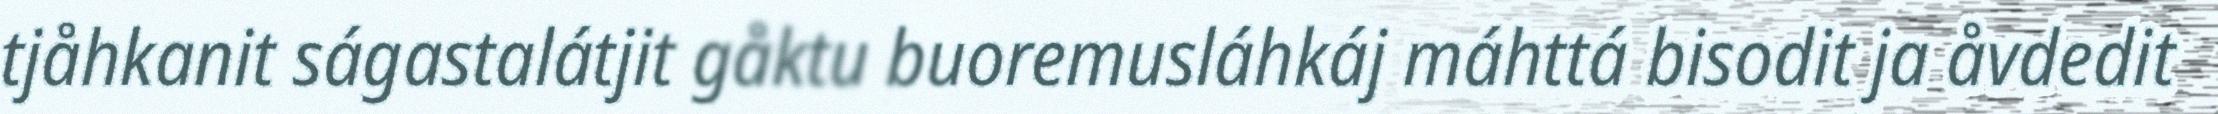
tjåhkanit ságastalátjit gåktu buoremusláhkáj máhttá bisodit ja åvdedit